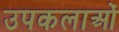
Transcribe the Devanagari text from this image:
उपकलाओं